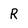
Character: R